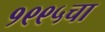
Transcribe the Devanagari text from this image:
१९९५चा